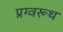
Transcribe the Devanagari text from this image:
प्रग्वरूथ